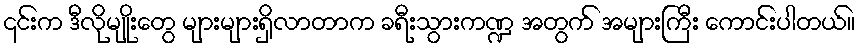
၎င်းက ဒီလိုမျိုးတွေ များများရှိလာတာက ခရီးသွားကဏ္ဍ အတွက် အများကြီး ကောင်းပါတယ်။